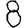
Digit: 8